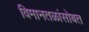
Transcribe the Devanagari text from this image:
विमानतळांसोबत